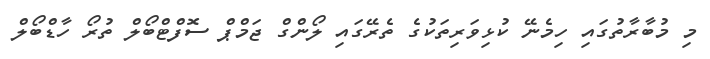
މި މުބާރާތުގައި ހިމެނޭ ކުޅިވަރިތަކުގެ ތެރޭގައި ލޯންގް ޖަމްޕް ސޮފްޓްބޯލް ތުރޯ ހާޑްބޯލް